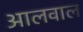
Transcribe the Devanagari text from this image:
आलवाल